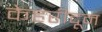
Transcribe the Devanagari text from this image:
केहरीदून